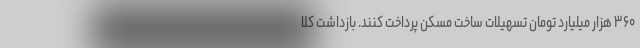
۳۶۰ هزار میلیارد تومان تسهیلات ساخت مسکن پرداخت کنند. بازداشت کلا